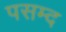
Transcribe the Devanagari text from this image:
पसम्द